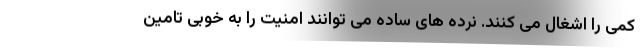
کمی را اشغال می کنند. نرده های ساده می توانند امنیت را به خوبی تامین